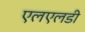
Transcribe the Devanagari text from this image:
एलएलडी